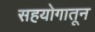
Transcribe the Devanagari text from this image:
सहयोगातून